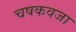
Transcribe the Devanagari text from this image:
चषकवजा